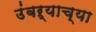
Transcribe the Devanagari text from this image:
उंबऱ्याच्या